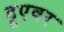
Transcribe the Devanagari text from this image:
हूएवर